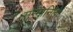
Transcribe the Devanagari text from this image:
सम्मानितों